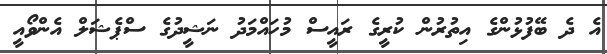
އެ ދެ ބޭފުޅުންގެ އިތުރުން ކުރީގެ ރައީސް މުހައްމަދު ނަޝީދުގެ ސްޕެޝަލް އެންވޯއީ